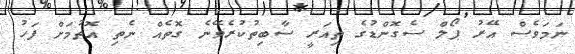
ނަމަވެސް އޭރު ޕޯލް ސެގޮންޑުގެ ތިއަރީ ސާބިތުކުރެވޭނެ ގޮތެއް ނެތި އޮތުމަށް ފަހު